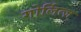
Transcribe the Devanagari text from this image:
गोर्लित्ज़